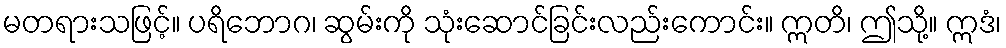
မတရားသဖြင့်။ ပရိဘောဂ၊ ဆွမ်းကို သုံးဆောင်ခြင်းလည်းကောင်း။ ဣတိ၊ ဤသို့။ ဣဒံ၊